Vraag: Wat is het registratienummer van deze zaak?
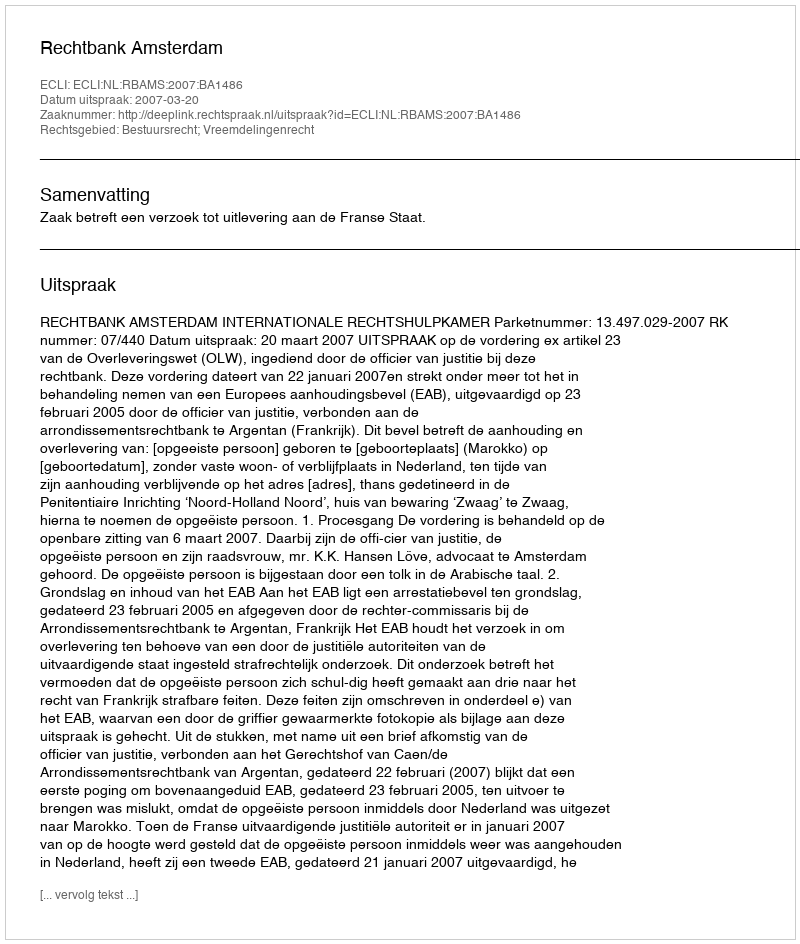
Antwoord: http://deeplink.rechtspraak.nl/uitspraak?id=ECLI:NL:RBAMS:2007:BA1486